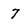
Character: 7